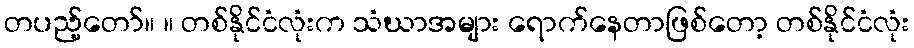
တပည့်တော်။ ။ တစ်နိုင်ငံလုံးက သံဃာအများ ရောက်နေတာဖြစ်တော့ တစ်နိုင်ငံလုံး